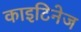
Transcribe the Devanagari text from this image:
काइटिनेज